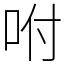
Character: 咐